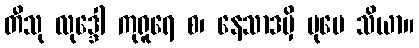
တီသု လုဒ္ဒေါ ကုရူရေ စ၊ နေသာဒမှိ ပုမေ သိယာ။